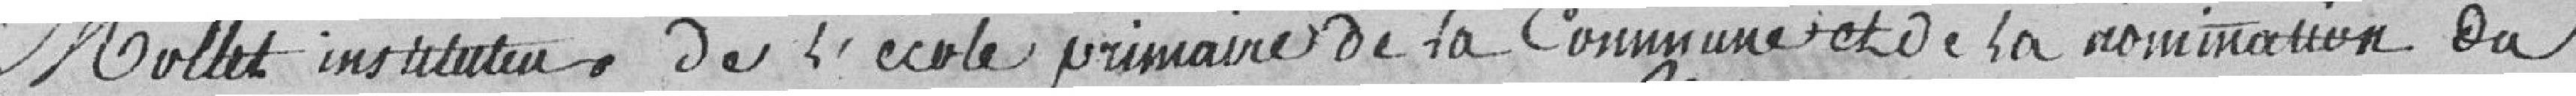
Mollet instituteur , de l'école de la Commune de la nomination du